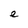
Character: e